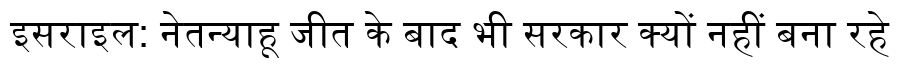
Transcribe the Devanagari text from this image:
इसराइल: नेतन्याहू जीत के बाद भी सरकार क्यों नहीं बना रहे